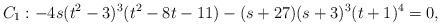
LaTeX: \begin{align*}C_1:-4s(t^2-3)^3(t^2 - 8t - 11)- (s+27)(s+3)^3(t+1)^4=0,\end{align*}